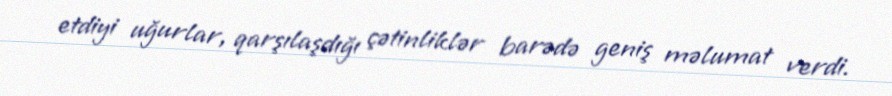
etdiyi uğurlar, qarşılaşdığı çətinliklər barədə geniş məlumat verdi.